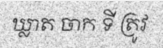
ឃ្លាត ចាក ទី ត្រូវ